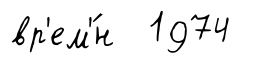
вр'ем'́н 1974